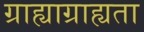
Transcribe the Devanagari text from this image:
ग्राह्याग्राह्यता